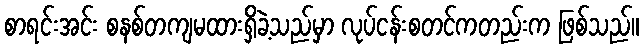
စာရင်းအင်း စနစ်တကျမထားရှိခဲ့သည်မှာ လုပ်ငန်းစတင်ကတည်းက ဖြစ်သည်။